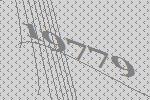
19779